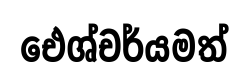
ඓශ්චර්යමත්